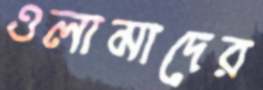
ওলামাদের